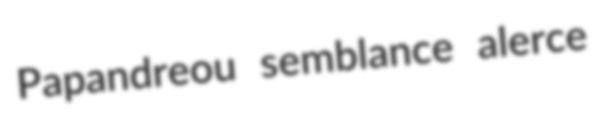
Papandreou semblance alerce